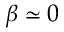
\beta \simeq 0